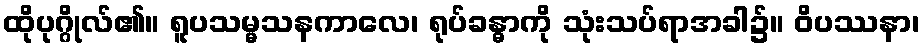
ထိုပုဂ္ဂိုလ်၏။ ရူပသမ္မသနကာလေ၊ ရုပ်ခန္ဓာကို သုံးသပ်ရာအခါ၌။ ဝိပဿနာ၊